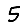
Digit: 5